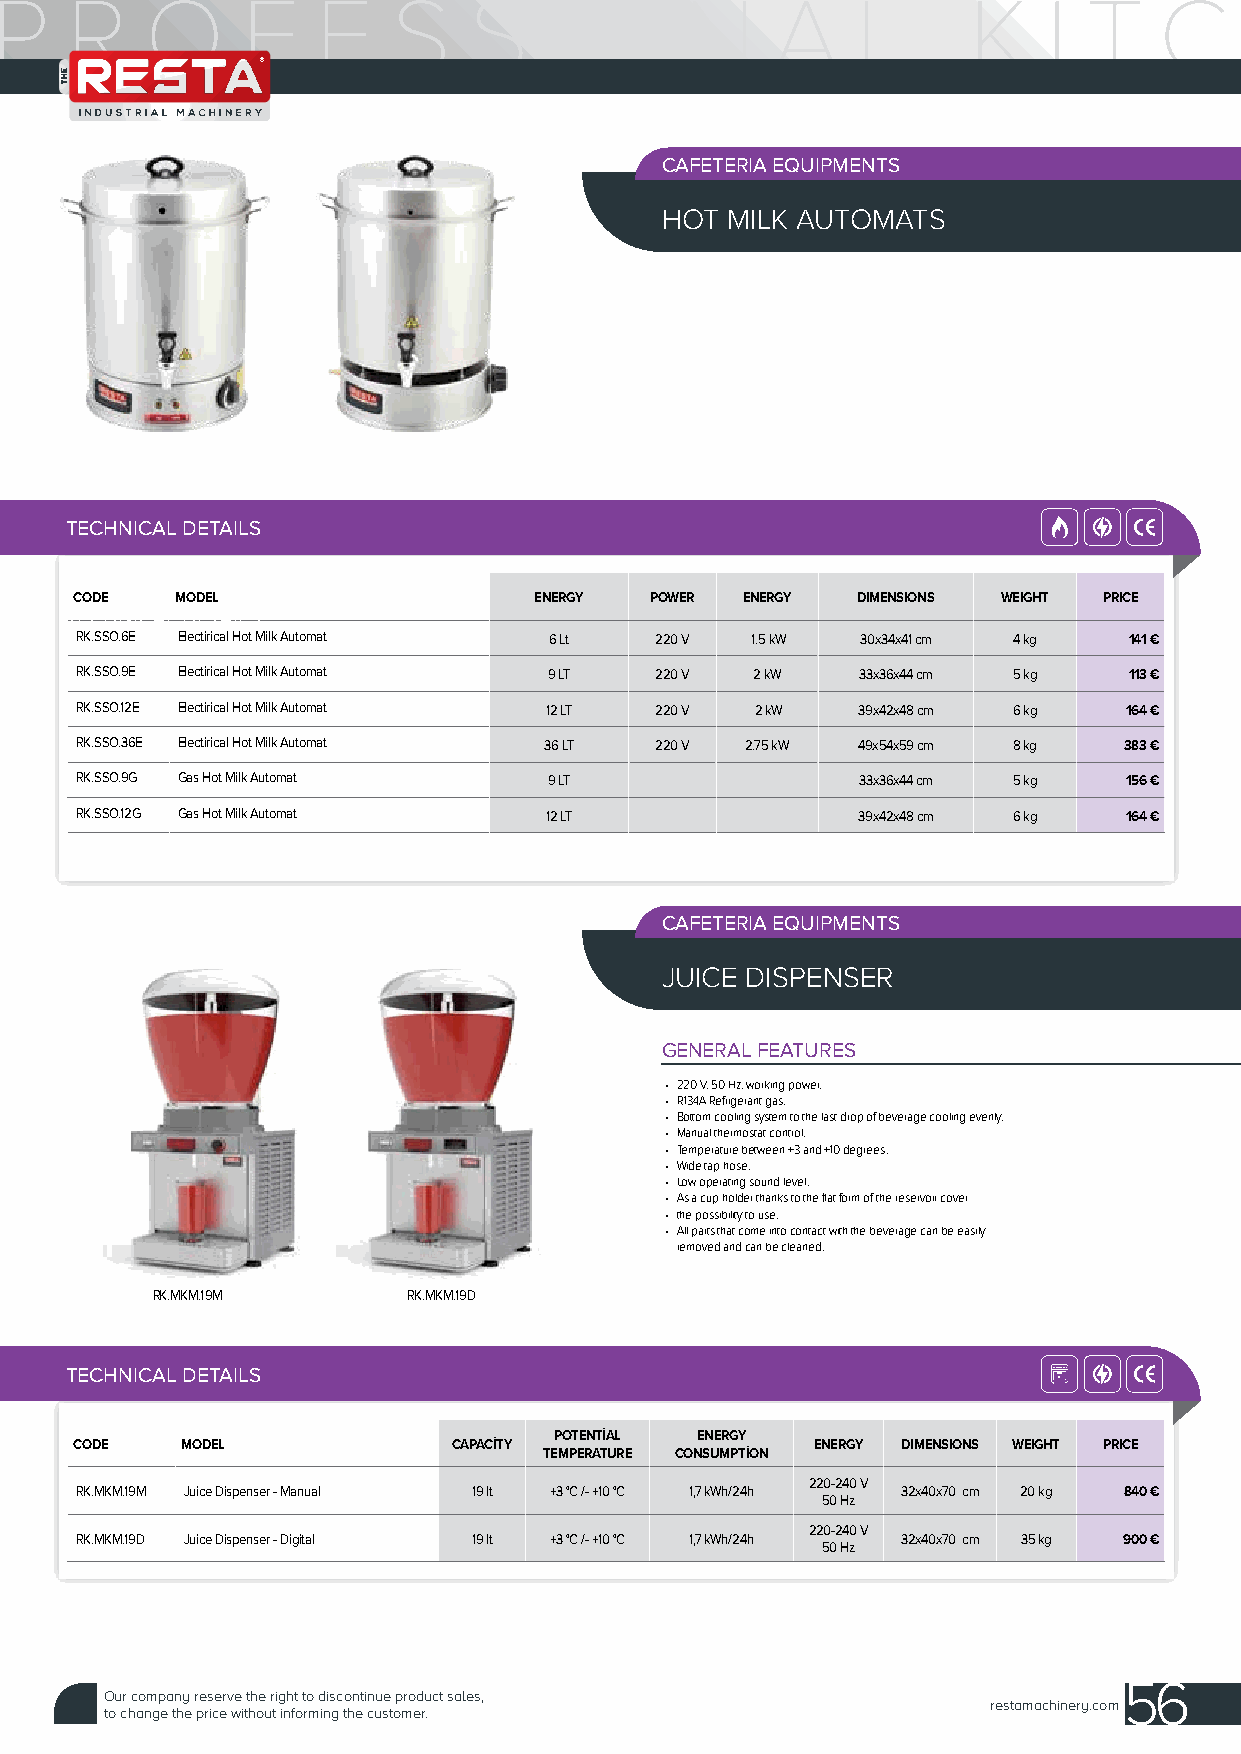
CAFETERIA EQUIPMENTS
 HOT MILK AUTOMATS
 TECHNICAL DETAILS
 CODE   MODEL                  ENERGY  POWER ENERGY  DIMENSIONS WEIGHT PRICE
 TECHNICAL DETAILS
 RK.SSO.6E Electirical Hot Milk Automat 6 Lt 220 V 1.5 kW 30x34x41 cm 4 kg 141 €
 RK.SSO.9E Electirical Hot Milk Automat 9 LT 220 V 2 kW 33x36x44 cm 5 kg 113 €
 RK.SSO.12E Electirical Hot Milk Automat 12 LT 220 V 2 kW 39x42x48 cm 6 kg 164 €
 RK.SSO.36E Electirical Hot Milk Automat 36 LT 220 V 2.75 kW 49x54x59 cm 8 kg 383 €
 RK.SSO.9G Gas Hot Milk Automat 9 LT                 33x36x44 cm 5 kg  156 €
 RK.SSO.12G Gas Hot Milk Automat 12 LT               39x42x48 cm 6 kg  164 €
 CAFETERIA EQUIPMENTS
 JUICE DISPENSER
 GENERAL FEATURES
 • 220 V. 50 Hz. working power.
 • R134A Refrigerant gas.
 • Bottom cooling system to the last drop of beverage cooling evenly.
 • Manual thermostat control.
 • Temperature between +3 and +10 degrees.
 • Wide tap hose.
 • Low operating sound level.
 • As a cup holder thanks to the flat form of the reservoir cover
 • the possibility to use.
 • All parts that come into contact with the beverage can be easily
 removed and can be cleaned.
 RK.MKM.19M       RK.MKM.19D
 TECHNICAL DETAILS
 POTENTIAL ENERGY
 CODE   MODEL             CAPACITY                ENERGY DIMENSIONS WEIGHT PRICE
 TEMPERATURE CONSUMPTION
 220-240 V
 RK.MKM.19M Juice Dispenser - Manual 19 lt +3 °C /- +10 °C 1,7 kWh/24h 32x40x70 cm 20 kg 840 €
 50 Hz
 220-240 V
 RK.MKM.19D Juice Dispenser - Digital 19 lt +3 °C /- +10 °C 1,7 kWh/24h 32x40x70 cm 35 kg 900 €
 50 Hz
 56
 Our company reserve the right to discontinue product sales,
 restamachinery.com
 to change the price without informing the customer.